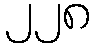
၂၂၈